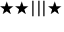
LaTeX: \bigstar \bigstar | | | \bigstar